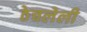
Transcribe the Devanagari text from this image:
ठेचलेली